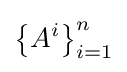
\left\{{A^{i}}\right\}_{i=1}^{n}